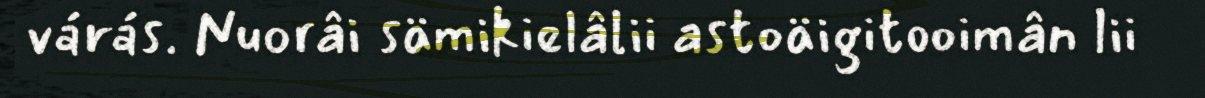
várás. Nuorâi sämikielâlii astoäigitooimân lii